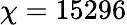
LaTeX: \chi=15296